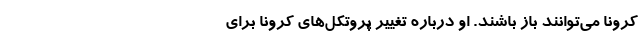
کرونا می‌توانند باز باشند. او درباره تغییر پروتکل‌های کرونا برای